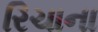
રિચાના